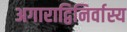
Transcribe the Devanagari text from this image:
अगाराद्विनिर्वास्य